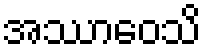
အဿာဝေသိ